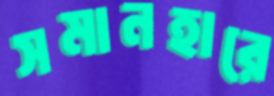
সমানহারে